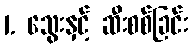
1. သွေးနှင့် ဆီးစစ်ခြင်း